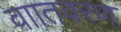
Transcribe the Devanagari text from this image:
वाातवरण